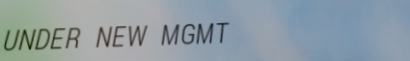
UNDER NEW MGMT